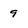
Character: 9